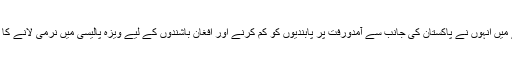
اس سلسلے میں اُنہوں نے پاکستان کی جانب سے آمدورفت پر پابندیوں کو کم کرنے اور افغان باشندوں کے لیے ویزہ پالیسی میں نرمی لانے کا مشورہ دیا۔